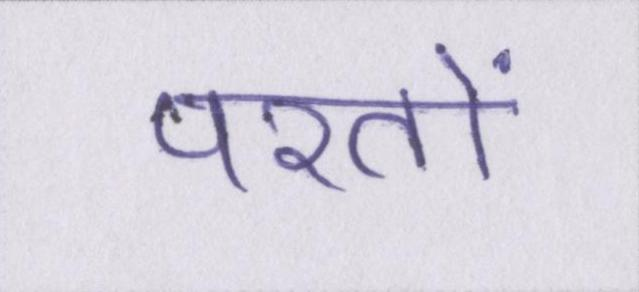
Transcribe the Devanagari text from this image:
परतों